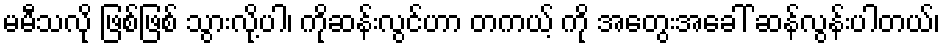
မမီသလို ဖြစ်ဖြစ် သွားလို့ပါ၊ ကိုဆန်းလွင်ဟာ တကယ့် ကို အတွေးအခေါ် ဆန်လွန်းပါတယ်၊